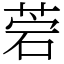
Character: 菪